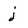
Character: j